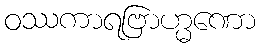
ဝဿကာရဗြာဟ္မဏော